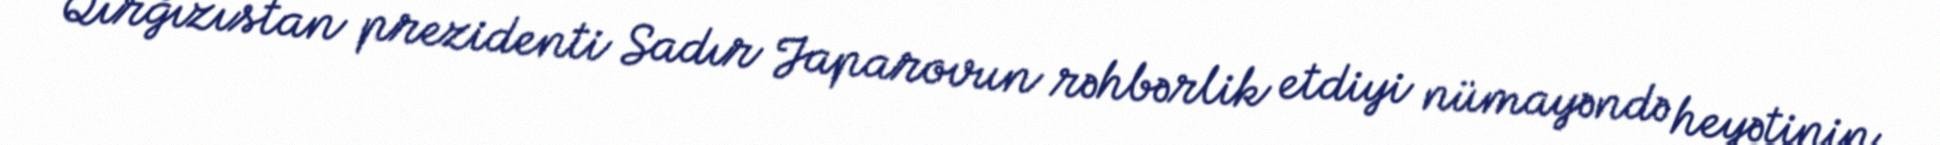
Qırğızıstan prezidenti Sadır Japarovun rəhbərlik etdiyi nümayəndə heyətinin